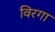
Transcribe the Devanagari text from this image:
विरगा